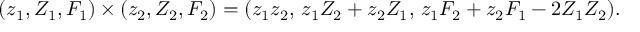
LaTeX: ( z _ { 1 } , { \cal Z } _ { 1 } , { \cal F } _ { 1 } ) \times ( z _ { 2 } , { \cal Z } _ { 2 } , { \cal F } _ { 2 } ) = ( z _ { 1 } z _ { 2 } , \, z _ { 1 } { \cal Z } _ { 2 } + z _ { 2 } { \cal Z } _ { 1 } , \, z _ { 1 } { \cal F } _ { 2 } + z _ { 2 } { \cal F } _ { 1 } - 2 { \cal Z } _ { 1 } { \cal Z } _ { 2 } ) .